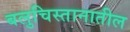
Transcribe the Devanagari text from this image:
बलुचिस्तानातील